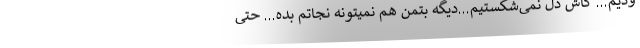
ودیم... کاش دل‌ نمی‌شکستیم...دیگه بتمن هم نمیتونه نجاتم بده... حتی